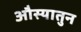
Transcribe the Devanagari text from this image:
औस्यातुन